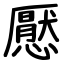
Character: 懕